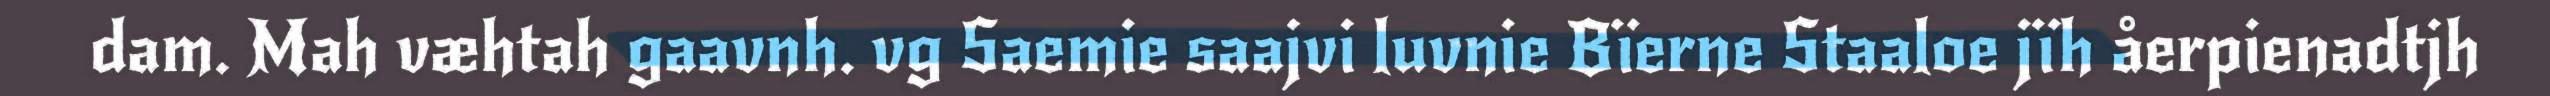
dam. Mah væhtah gaavnh. vg Saemie saajvi luvnie Bïerne Staaloe jïh åerpienadtjh